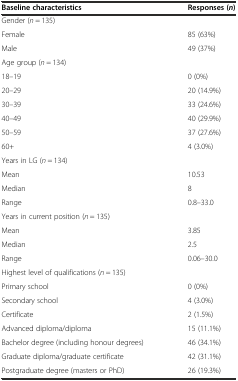
| Baseline characteristics | Responses (n) |
 | --- | --- |
 | Gender (n = 135) |  |
 | Female | 85 (63%) |
 | Male | 49 (37%) |
 | Age group (n = 134) |  |
 | 18–19 | 0 (0%) |
 | 20–29 | 20 (14.9%) |
 | 30–39 | 33 (24.6%) |
 | 40–49 | 40 (29.9%) |
 | 50–59 | 37 (27.6%) |
 | 60+ | 4 (3.0%) |
 | Years in LG (n = 134) |  |
 | Mean | 10.53 |
 | Median | 8 |
 | Range | 0.8–33.0 |
 | Years in current position (n = 135) |  |
 | Mean | 3.85 |
 | Median | 2.5 |
 | Range | 0.06–30.0 |
 | Highest level of qualifications (n = 135) |  |
 | Primary school | 0 (0%) |
 | Secondary school | 4 (3.0%) |
 | Certificate | 2 (1.5%) |
 | Advanced diploma/diploma | 15 (11.1%) |
 | Bachelor degree (including honour degrees) | 46 (34.1%) |
 | Graduate diploma/graduate certificate | 42 (31.1%) |
 | Postgraduate degree (masters or PhD) | 26 (19.3%) |